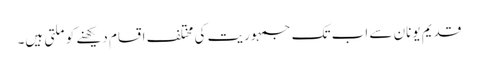
قدیم یونان سے اب تک جمہوریت کی مختلف اقسام دیکھنے کو ملتی ہیں۔